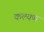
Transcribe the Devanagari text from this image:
कल्यण